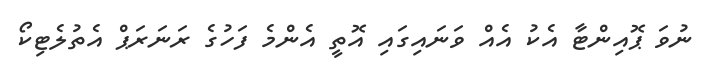
ނުވަ ޕޮއިންޓާ އެކު އެއް ވަނައިގައި އޮތީ އެންމެ ފަހުގެ ރަނަރަޕް އެތުލެޓިކޯ